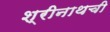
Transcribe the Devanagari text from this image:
श्रीनाथची